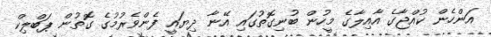
އަންހެން ކުއްޖާގެ އާއިލާގެ މީހުން ބުނިގޮތުގައި އޭނާ ދިޔައީ ފެންވެރުމުގެ ގޮތުން ޕަބްލިކް